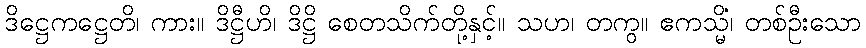
ဒိဋ္ဌေကဋ္ဌေတိ၊ ကား။ ဒိဋ္ဌီဟိ၊ ဒိဋ္ဌိ စေတသိက်တို့နှင့်။ သဟ၊ တကွ။ ဧကသ္မိံ၊ တစ်ဦးသော